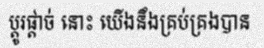
ប្តូរផ្តាច់ នោះ យើងនឹងគ្រប់គ្រងបាន